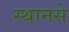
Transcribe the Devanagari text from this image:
स्थानसे